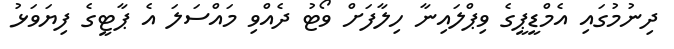
ދިނުމުގައި އެމްޑީޕީގެ ވިޕްލައިނާ ހިލާފަށް ވޯޓު ދެއްވި މައްސަލަ އެ ޕާޓީގެ ފިޔަވަޅު